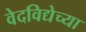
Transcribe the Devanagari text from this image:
वेदविद्येच्या